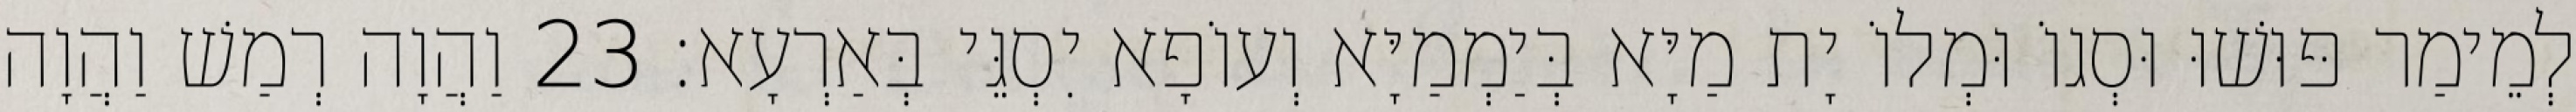
לְמֵימַר פּוּשׁוּ וּסְגוֹ וּמְלוֹ יָת מַיָּא בְּיַמְמַיָּא וְעוֹפָא יִסְגֵּי בְּאַרְעָא׃ 23 וַהֲוָה רְמַשׁ וַהֲוָה